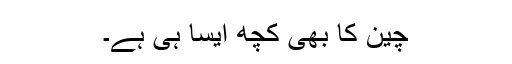
چین کا بھی کچھ ایسا ہی ہے۔